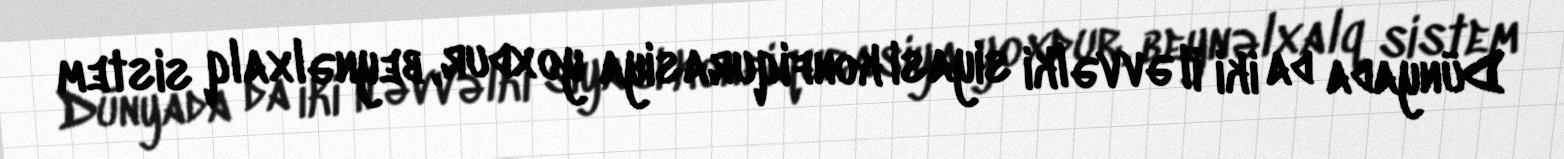
Dünyada da iki il əvvəlki siyasi konfiqurasiya yoxdur, beynəlxalq sistem